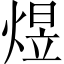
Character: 煜